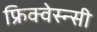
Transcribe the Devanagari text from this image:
फ्रिक्वेस्न्सी